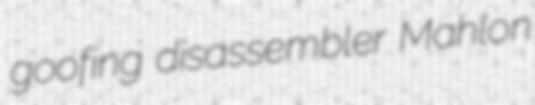
goofing disassembler Mahlon